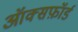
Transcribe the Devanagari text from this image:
ऑक्सफ़ॉर्ड